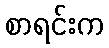
စာရင်းက